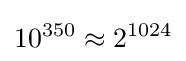
10^{350}\approx 2^{1024}